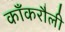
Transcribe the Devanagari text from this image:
काँकरौली